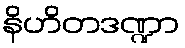
နိဟိတဒဏ္ဍာ